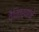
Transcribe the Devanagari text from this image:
वैचित्र्याने